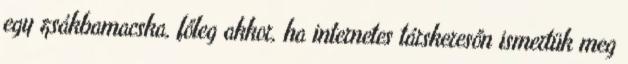
egy zsákbamacska, főleg akkor, ha internetes társkeresőn ismertük meg